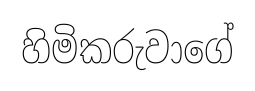
හිමිකරුවාගේ